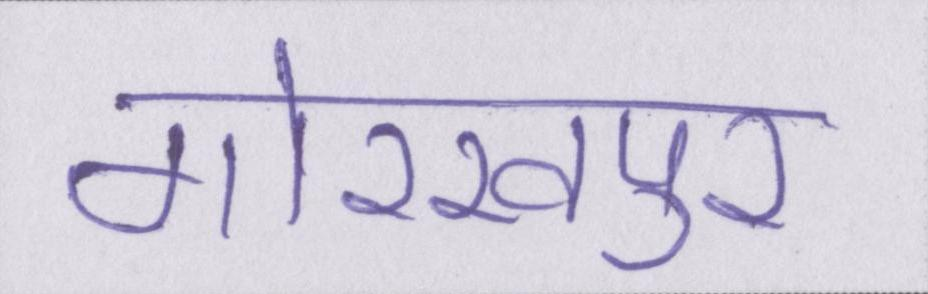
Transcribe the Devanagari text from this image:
गोरखपुर